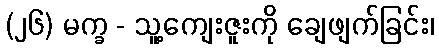
(၂၆) မက္ခ - သူ့ကျေးဇူးကို ချေဖျက်ခြင်း၊